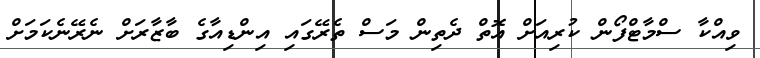
ވިއްކާ ސްމާޓްފޯން ކުރިއަށް އޮތް ދެތިން މަސް ތެރޭގައި އިންޑިއާގެ ބާޒާރަށް ނެރޭނެކަމަށް